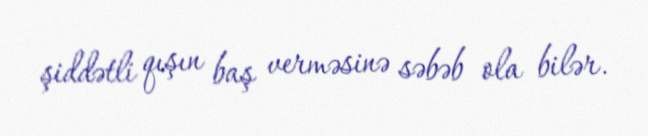
şiddətli qışın baş verməsinə səbəb ola bilər.